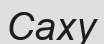
Саху